Vaccination Hyderabad 1890-1903 - 1890-1903
Year: 1890
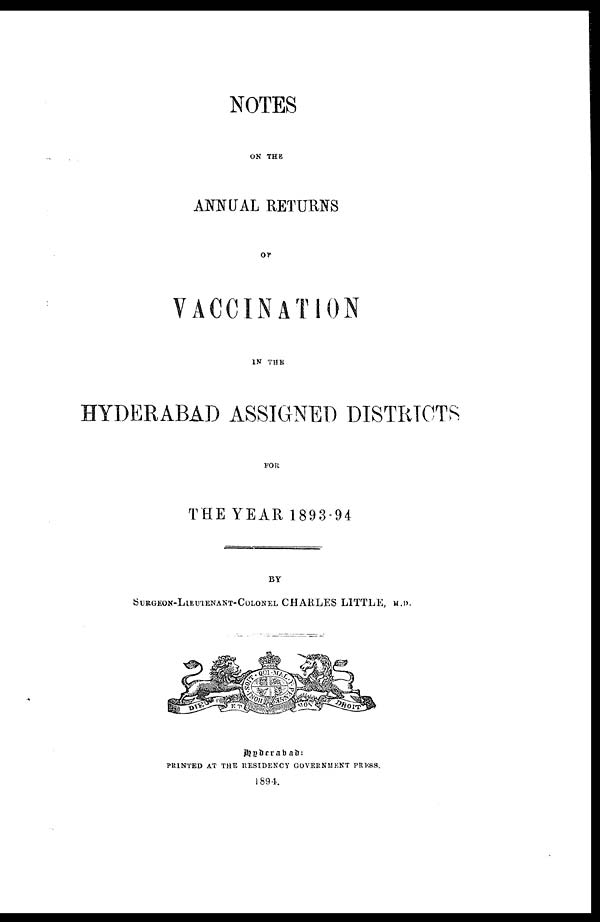
NOTES
ON THE
ANNUAL RETURNS
OF
VACCINATION
IN THE
HYDERABAD ASSIGNED DISTRICTS
FOR
THE YEAR 1893-94
BY
SURGEON-LIEUTENANT-COLONEL CHARLES LITTLE, M.D.
Hyderabad :
PRINTED AT THE RESIDENCY GOVERNMENT PRESS.
1894.